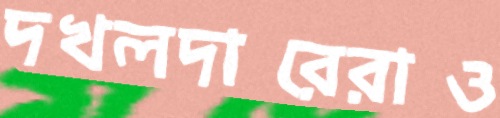
দখলদারেরাও